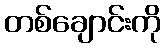
တစ်ချောင်းကို